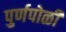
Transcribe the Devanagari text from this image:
पुर्णपोळी